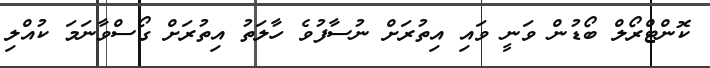
ކޮންޓްރޯލް ބޯޑުން ވަނީ ވައި އިތުރަށް ނުސާފުވެ ހާލަތު އިތުރަށް ގޯސްވާނަމަ ކުއްލި